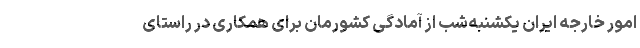
امور خارجه ایران یکشنبه‌شب از آمادگی کشورمان برای همکاری در راستای